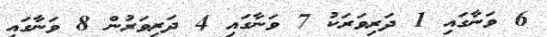
6 ވަނާގައި 1 ދަރިވަރަކު 7 ވަނާގައި 4 ދަރިވަރުން 8 ވަނާގައި